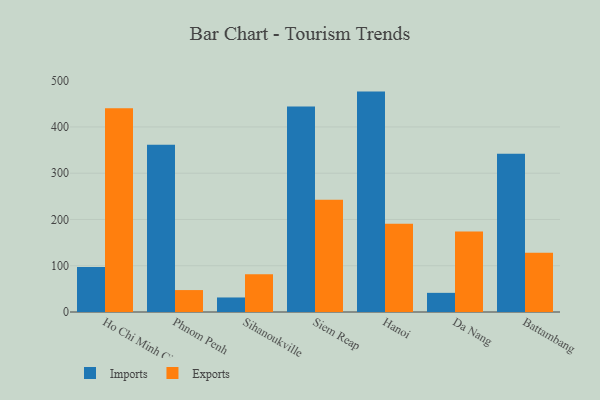
{"axis": {"x": "City", "y": "Production Output"}, "legend": ["Exports", "Imports"], "data": [{"x": "Ho Chi Minh City", "y": 97.5, "type": "Imports"}, {"x": "Ho Chi Minh City", "y": 440.2, "type": "Exports"}, {"x": "Phnom Penh", "y": 361.4, "type": "Imports"}, {"x": "Phnom Penh", "y": 47.4, "type": "Exports"}, {"x": "Sihanoukville", "y": 31.4, "type": "Imports"}, {"x": "Sihanoukville", "y": 81.6, "type": "Exports"}, {"x": "Siem Reap", "y": 444.1, "type": "Imports"}, {"x": "Siem Reap", "y": 242.6, "type": "Exports"}, {"x": "Hanoi", "y": 476.4, "type": "Imports"}, {"x": "Hanoi", "y": 191.0, "type": "Exports"}, {"x": "Da Nang", "y": 41.4, "type": "Imports"}, {"x": "Da Nang", "y": 174.2, "type": "Exports"}, {"x": "Battambang", "y": 341.9, "type": "Imports"}, {"x": "Battambang", "y": 128.0, "type": "Exports"}]}